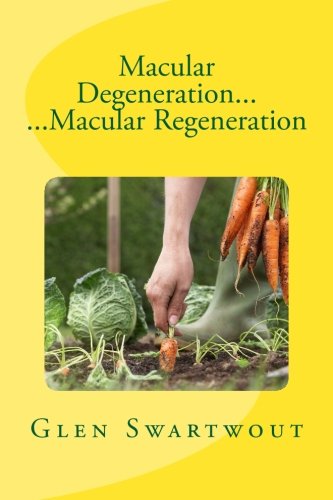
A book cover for Macular Degeneration... ...Macular Regeneration (Natural Vision & Eye Care) (Volume 3); Dr. Glen Swartwout; Health, Fitness & Dieting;